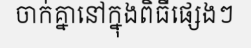
ចាក់គ្នានៅក្នុងពិធីផ្សេងៗ